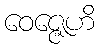
ဝေဇ္ဇေဟိ